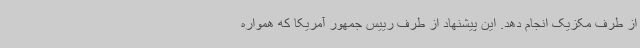
از طرف مکزیک انجام دهد. این پیشنهاد از طرف رییس جمهور آمریکا که همواره